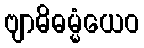
ဗျာဓိဓမ္မံယေဝ